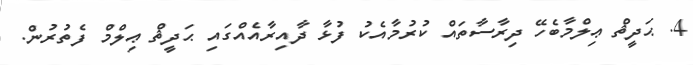
4. ޙަދީޘް ޢިލްމާބެހޭ ދިރާސާތައް ކުރުމާއެކު ފުޅާ ދާއިރާއެއްގައި ޙަދީޘް ޢިލްމް ފެތުރުން.